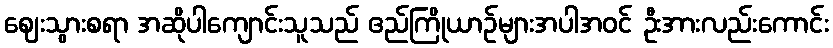
ဈေးသွားစရာ အဆိုပါကျောင်းသူသည် ဧည်ကြိုယာဉ်များအပါအဝင် ဦးအားလည်းကောင်း